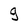
Character: g